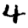
Digit: 4